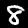
Label: 8